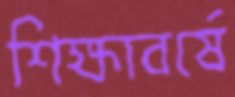
শিক্ষাবর্ষে